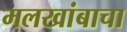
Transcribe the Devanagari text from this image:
मलखांबाचा